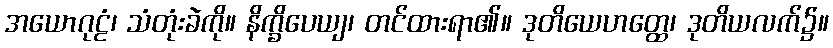
အယောဂုဠံ၊ သံတုံးခဲကို။ နိက္ခိပေယျ၊ တင်ထားရာ၏။ ဒုတိယေဟတ္ထေ၊ ဒုတိယလက်၌။